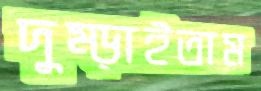
দুম্‌ড়াইতাম